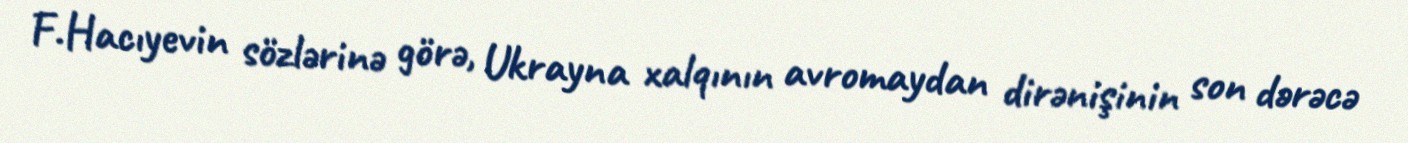
F.Hacıyevin sözlərinə görə, Ukrayna xalqının avromaydan dirənişinin son dərəcə